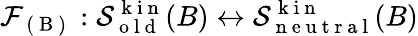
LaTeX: \mathcal{F}_{\mathrm{~(~B~)~}}:\mathcal{S}_{\mathrm{~o~l~d~}}^{\mathrm{~k~i~n~}}(B)\leftrightarrow\mathcal{S}_{\mathrm{~n~e~u~t~r~a~l~}}^{\mathrm{~k~i~n~}}(B)